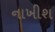
નાખીશ